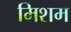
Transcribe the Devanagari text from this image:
मिशम